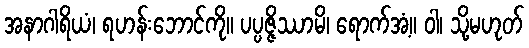
အနာဂါရိယံ၊ ရဟန်းဘောင်ကို။ ပပ္ပဇ္ဇိဿာမိ၊ ရောက်အံ့။ ဝါ၊ သို့မဟုတ်